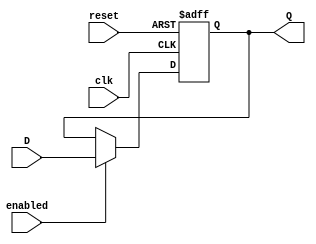
//FF de 4 bits
module FF_D_4 (input clk, reset, enabled, input [3:0] D, output reg [3:0] Q);

    always @ (posedge clk, posedge reset)
        if (reset)
            Q <= 4'b0000;
        else if (enabled)
            Q <= D;

endmodule